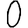
Digit: 0